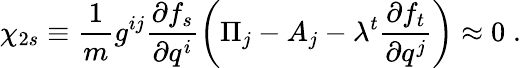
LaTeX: \chi_{2s}\equiv\frac{1}{m}g^{ij}\frac{\partial f_{s}}{\partial q^{i}}\left(\Pi_{j}-A_{j}-\lambda^{t}\frac{\partial f_{t}}{\partial q^{j}}\right)\approx 0\; .